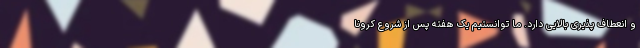
و انعطاف پذیری بالایی دارد. ما توانستیم یک هفته پس از شروع کرونا